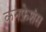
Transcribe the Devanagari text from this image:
कनफ़ेशंस